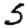
Digit: 5